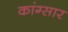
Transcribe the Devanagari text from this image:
कांग्सार